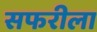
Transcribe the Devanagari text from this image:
सफरीला